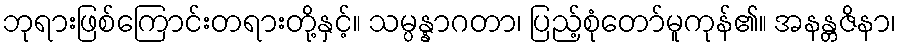
ဘုရားဖြစ်ကြောင်းတရားတို့နှင့်။ သမ္ပန္နာဂတာ၊ ပြည့်စုံတော်မူကုန်၏။ အနန္တဇိနာ၊